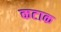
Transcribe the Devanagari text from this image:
कटाक